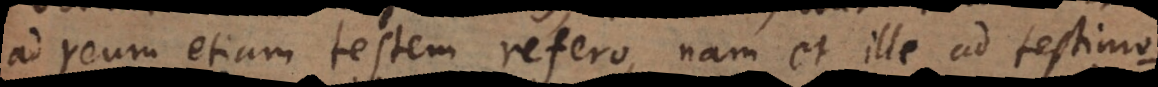
ad reum etiam testem refero, nam et ille ad testimo